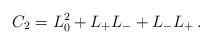
LaTeX: \begin{align*} C_2=L_0^2+L_+L_-+L_-L_+ \, .\end{align*}